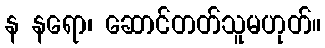
န နရော၊ ဆောင်တတ်သူမဟုတ်။